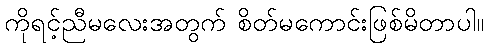
ကိုရင့်ညီမလေးအတွက် စိတ်မကောင်းဖြစ်မိတာပါ။